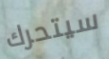
سيتحرك